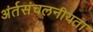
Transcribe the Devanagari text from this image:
अंर्तसंचलनीयता